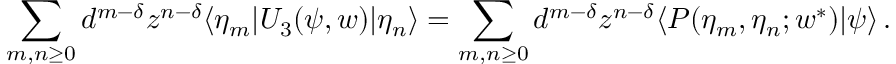
\sum _ { m , n \geq 0 } d ^ { m - \delta } z ^ { n - \delta } \langle \eta _ { m } | U _ { 3 } ( \psi , w ) | \eta _ { n } \rangle = \sum _ { m , n \geq 0 } d ^ { m - \delta } z ^ { n - \delta } \langle P ( \eta _ { m } , \eta _ { n } ; w ^ { \ast } ) | \psi \rangle \, .